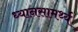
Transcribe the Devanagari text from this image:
ध्यानसामर्थ्य